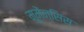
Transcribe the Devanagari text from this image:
मूमेंन्सिस